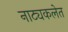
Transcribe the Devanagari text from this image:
नाट्यकलेत